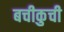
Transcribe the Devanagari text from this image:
बचीकुची